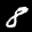
Label: 8